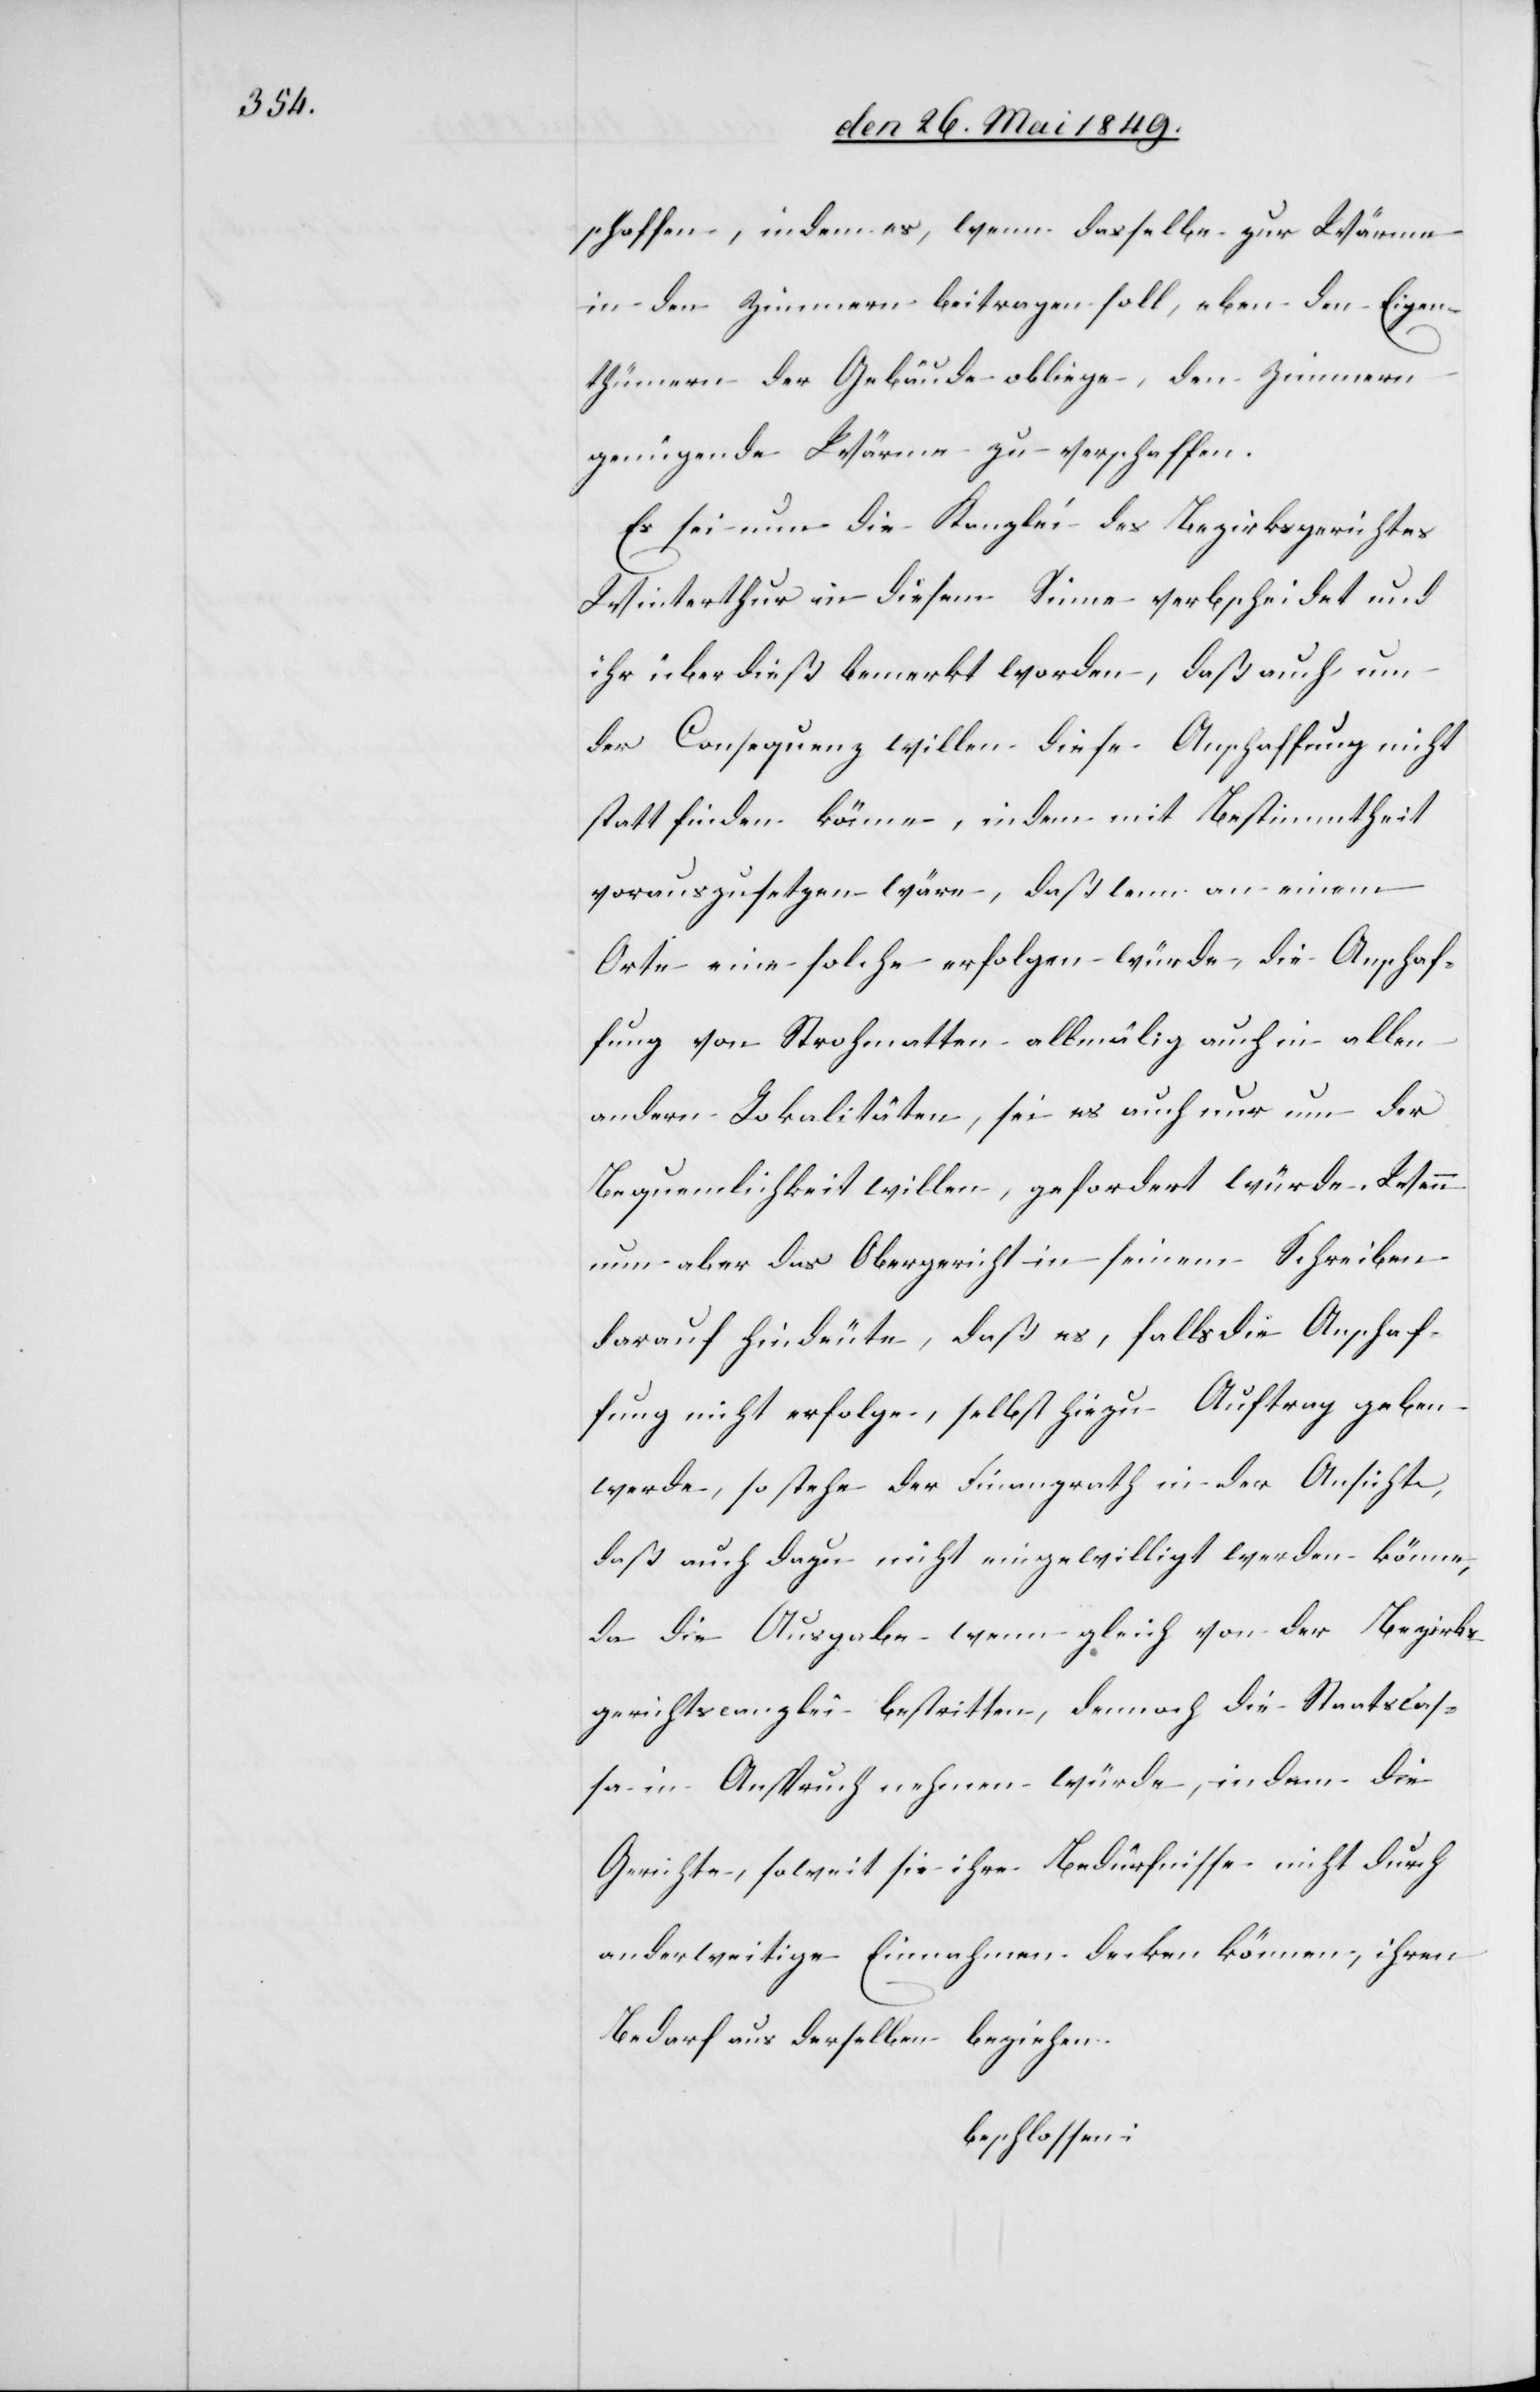
schaffen, indem es, wenn dasselbe zur Wärme
in den Zimmern beitragen soll, eben den Eigen¬
thümern der Gebäude obliege, den Zimmern
genügende Wärme zu verschaffen.
Es sei nun die Kanzlei des Bezirksgerichtes
Winterthur in diesem Sinne verbscheidet und
ihr über dieß bemerkt worden, daß auch um
der Consequenz willen diese Anschaffung nicht
statt finden könne, indem mit Bestimmtheit
vorauszusetzen wäre, daß wenn an einem
Orte eine solche erfolgen würde, die Anschaf¬
fung von Strohmatten allmälig auch in allen
andern Lokalitäten, sei es auch nur um der
Bequemlichkeit willen, gefordert würde. Wenn
nun aber das Obergericht in seinem Schreiben
darauf hindeute, daß es, falls die Anschaf¬
fung nicht erfolge, selbst hiezu Auftrag geben
werde, so stehe der Finanzrath in der Ansicht,
daß auch dazu nicht eingewilligt werden könne,
da die Ausgabe wenn gleich von der Bezirks¬
gerichtscanzlei bestritten, demnach die Staatscas¬
sa in Anspruch nehmen würde, indem die
Gerichte, soweit sie ihre Bedürfnisse nicht durch
anderweitige Einnahmen decken können, ihren
Bedarf aus derselben beziehen.
beschlossen: